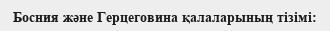
Босния және Герцеговина қалаларының тізімі: